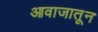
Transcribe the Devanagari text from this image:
आवाजातून